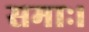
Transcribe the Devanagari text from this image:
समाः।